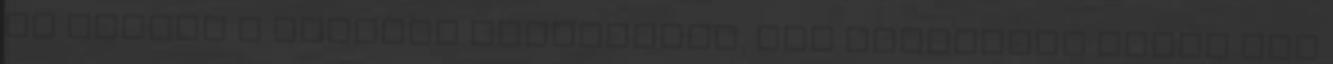
ki fordul a gyomrom egyesektõl. Mit gondoltok miért van